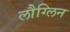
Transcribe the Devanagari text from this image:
लौग्लिन